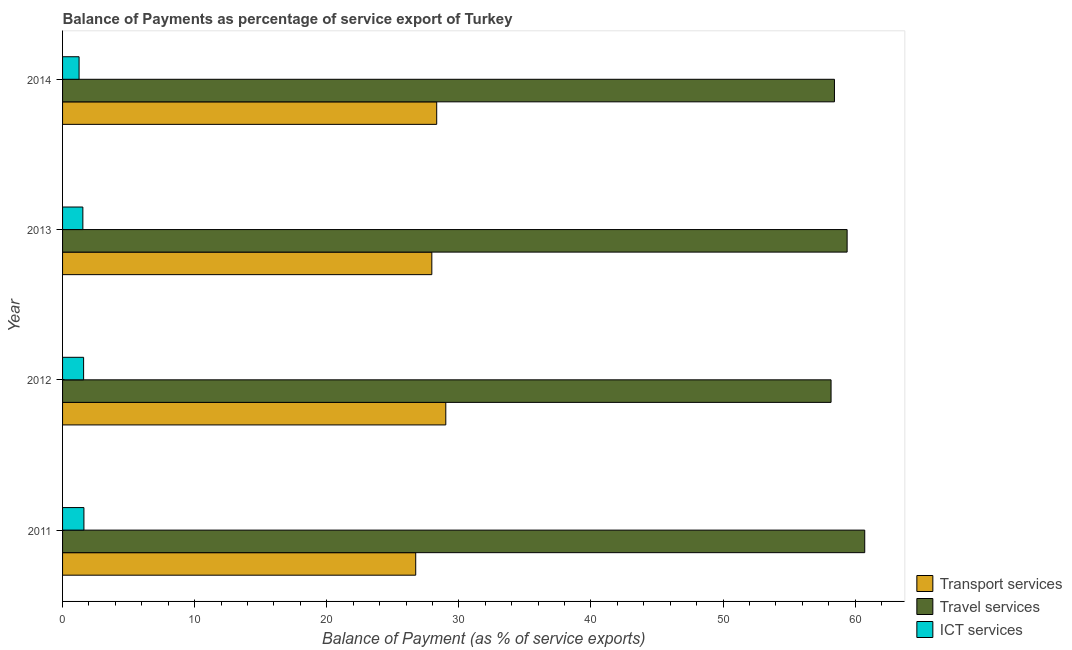
| Year | Transport services | Travel services | ICT services |
 | --- | --- | --- | --- |
 | 2011 | 26.7 | 60.7 | 1.62 |
 | 2012 | 29 | 58.2 | 1.59 |
 | 2013 | 28 | 59.4 | 1.54 |
 | 2014 | 28.3 | 58.4 | 1.25 |